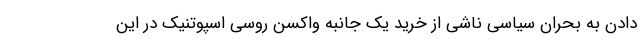
دادن به بحران سیاسی ناشی از خرید یک جانبه واکسن روسی اسپوتنیک در این